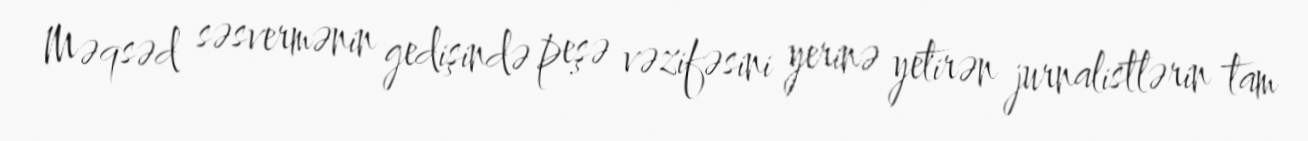
Məqsəd səsvermənin gedişində peşə vəzifəsini yerinə yetirən jurnalistlərin tam